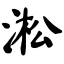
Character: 淞